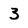
Character: 3